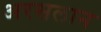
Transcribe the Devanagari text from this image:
अरसलान